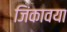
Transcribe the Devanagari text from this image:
जिंकावया